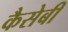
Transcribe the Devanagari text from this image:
कैसेबी